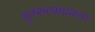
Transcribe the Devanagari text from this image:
पुनरुत्पादकता